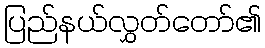
ပြည်နယ်လွှတ်တော်၏